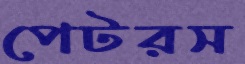
পেটরস